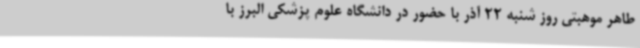
طاهر موهبتی روز شنبه 22 آذر با حضور در دانشگاه علوم پزشکی البرز با